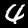
Label: 4